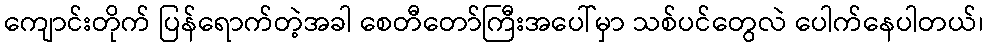
ကျောင်းတိုက် ပြန်ရောက်တဲ့အခါ စေတီတော်ကြီးအပေါ်မှာ သစ်ပင်တွေလဲ ပေါက်နေပါတယ်၊